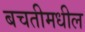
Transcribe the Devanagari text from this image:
बचतीमधील